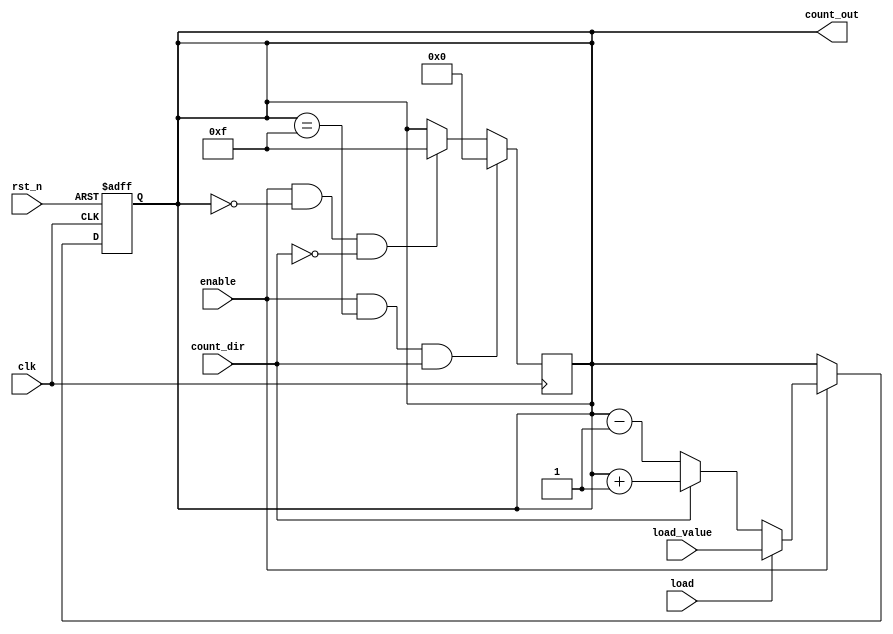
module synchronous_counter (
    input wire clk,          // Clock input
    input wire rst_n,       // Asynchronous active-low reset
    input wire enable,       // Enable signal
    input wire load,         // Load signal
    input wire [3:0] load_value, // Value to load into the counter
    input wire count_dir,    // Count direction (1 = up, 0 = down)
    output reg [3:0] count_out // 4-bit count output
);

    // Asynchronous reset logic
    always @(posedge clk or negedge rst_n) begin
        if (!rst_n) begin
            count_out <= 4'b0000; // Reset the counter to 0
        end else if (enable) begin
            if (load) begin
                count_out <= load_value; // Load the specified value
            end else begin
                // Count up or down based on count_dir
                if (count_dir) begin
                    count_out <= count_out + 1; // Increment
                end else begin
                    count_out <= count_out - 1; // Decrement
                end
            end
        end
    end

    // Optional: Implement maximum count limit
    always @(posedge clk) begin
        if (enable && count_out == 4'b1111 && count_dir) begin
            count_out <= 4'b0000; // Reset to 0 if max value is reached when counting up
        end else if (enable && count_out == 4'b0000 && !count_dir) begin
            count_out <= 4'b1111; // Reset to max value if counting down and underflow occurs
        end
    end

endmodule